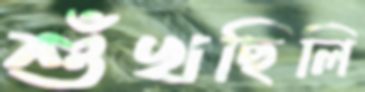
শুঁখছিলি